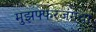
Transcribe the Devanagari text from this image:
मुझफ्फरजंगचा